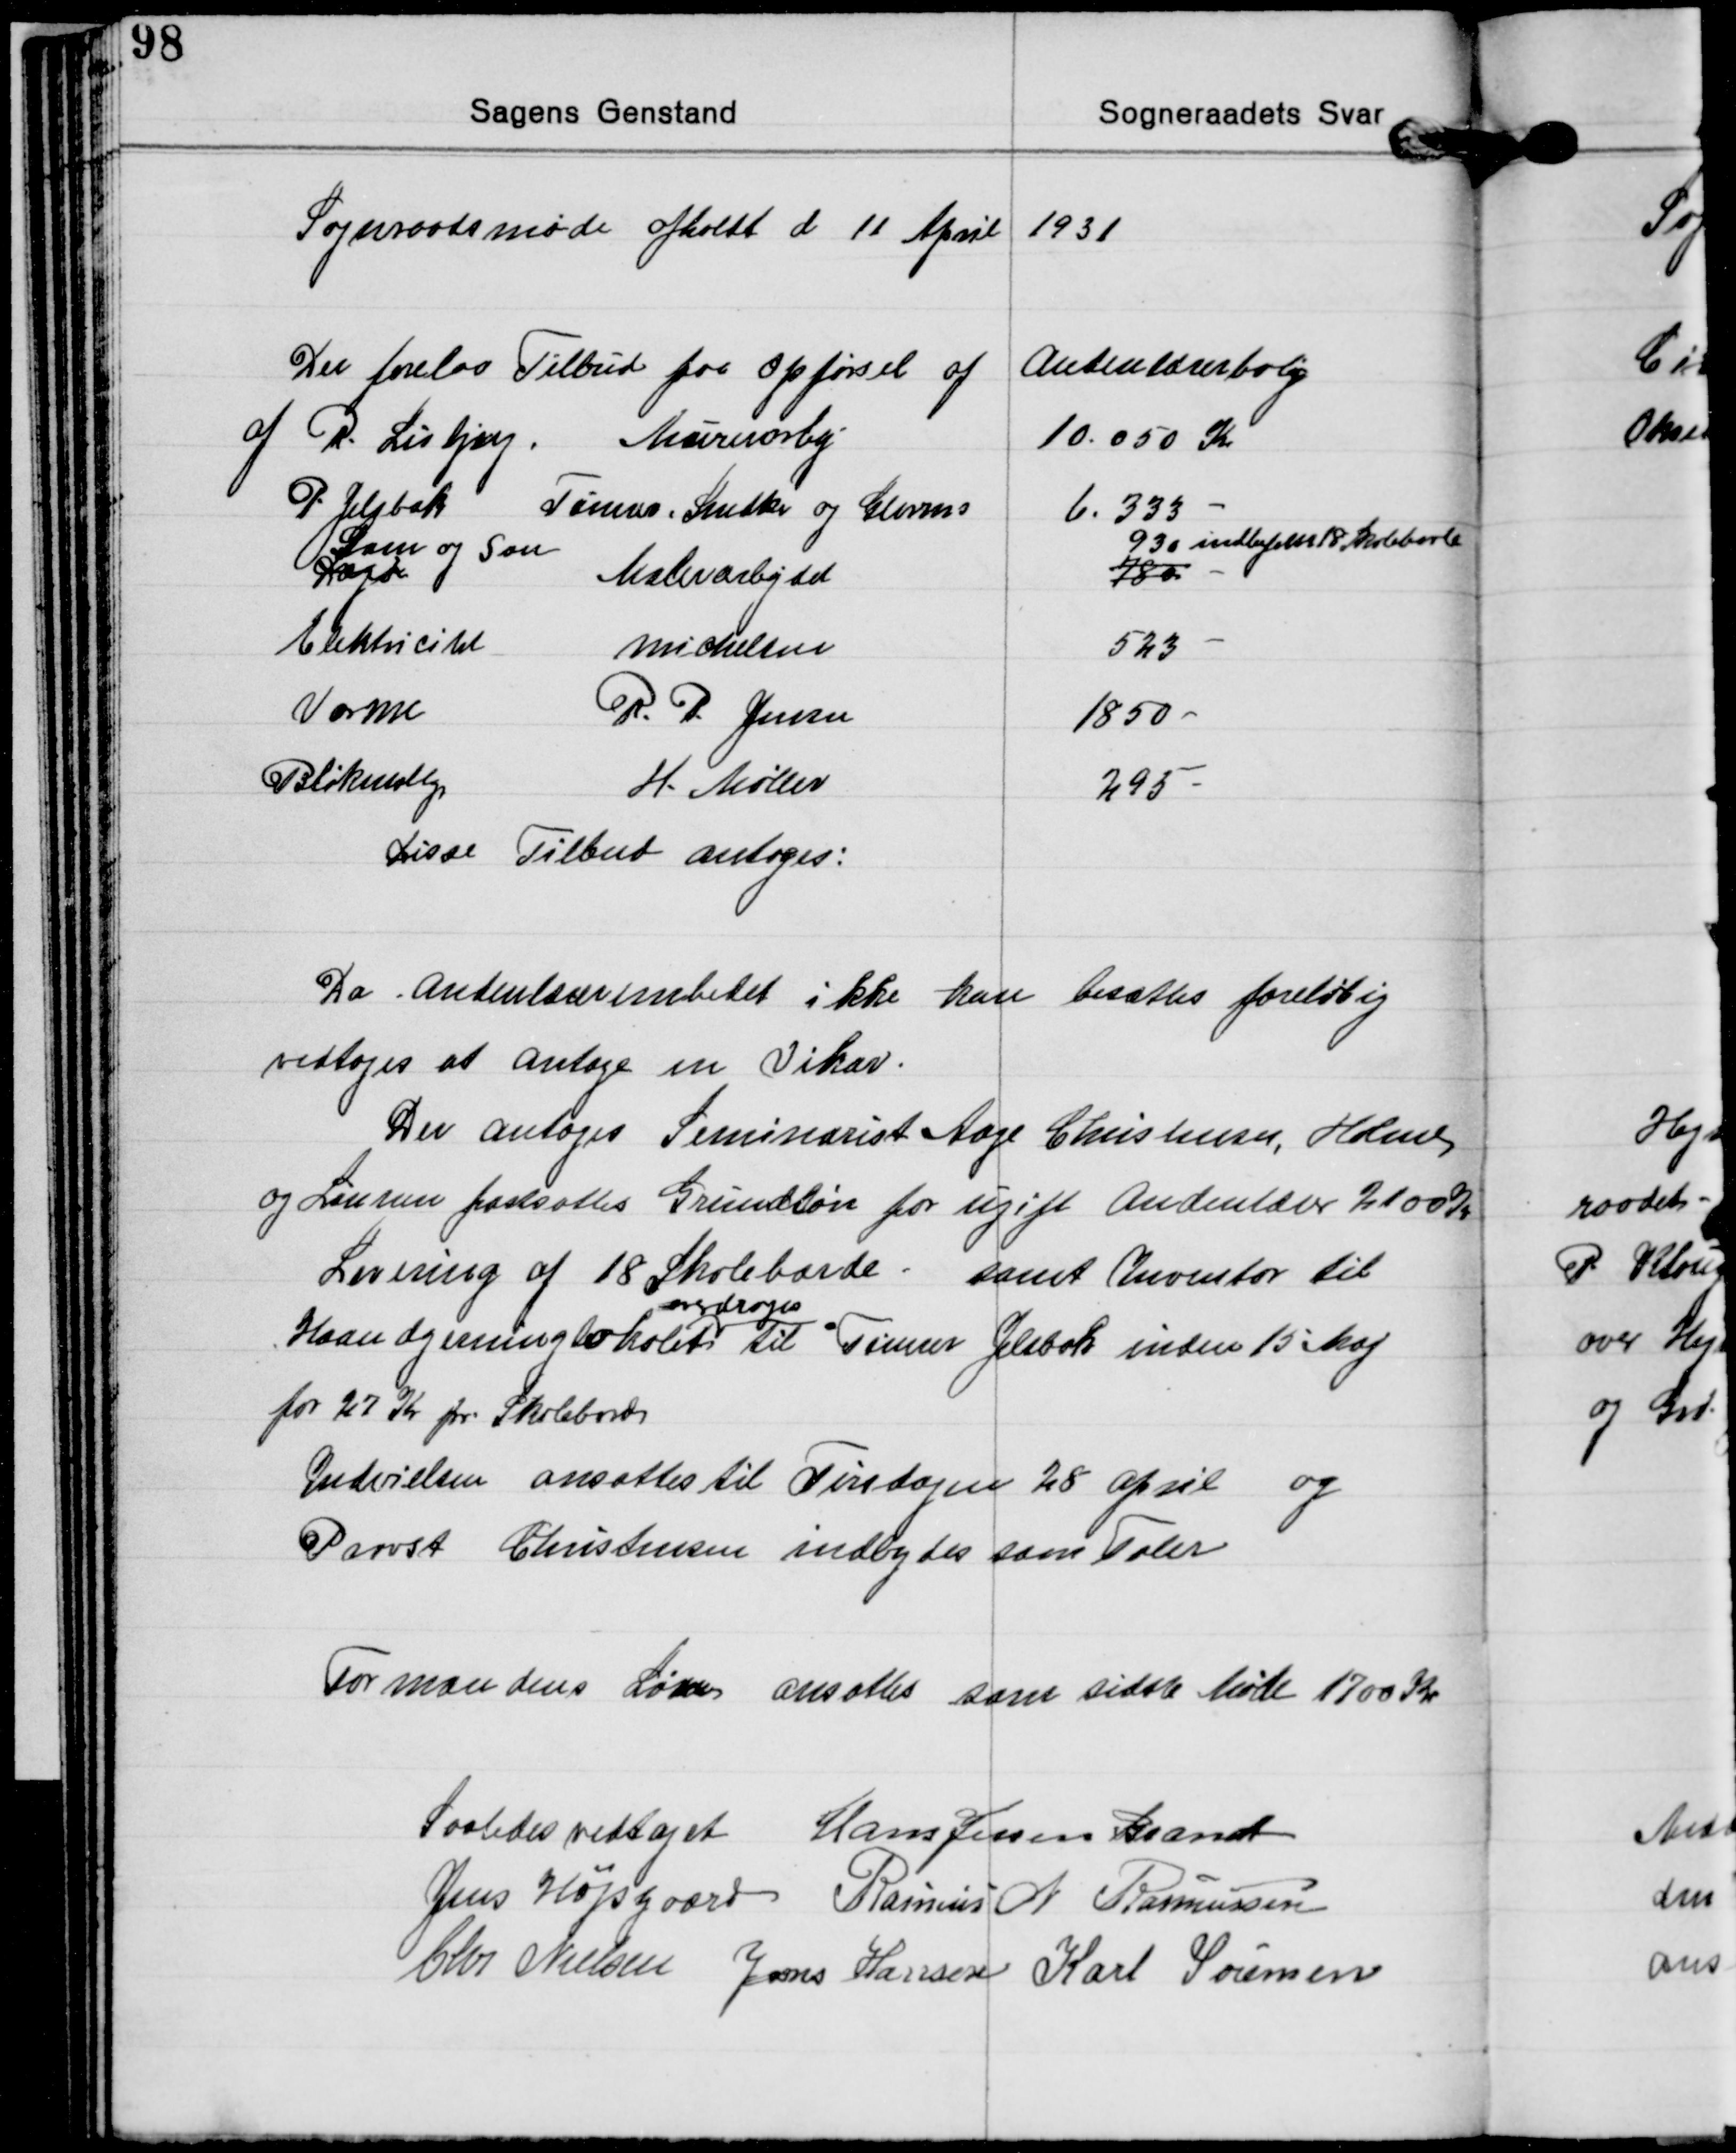
Transskription:
Sognraadsmøde afholdt d 11 April 1931

Der forelaa Tilbud paa Opførsel af Andenlærerbolig
af R. Lisbjerg. 
Murerarbej. 
10.050 Kr
P Jelsbak 
Tømrer, Snedker og Glarms. 
6.333 
Dagh 
Dam og Søn
Malerarbejdet
780 
930 indbefattet 18 Skoleborde
Elektricitet 
Michelsen
523 
Varme 
R. P. Jensen 
1850 
Blikensllgr
H. Møller 
295 
Disse Tilbud antoges:

Da Andenlærerembedet ikke kan besættes foreløbig
vedtoges at antage en Vikar.
Der antoges Seminarist Aage Christensen, Holme
og Lønnen fastsattes Grundløn for ugift Andenlærer 2100 Kr.
Levering af 18 Skoleborde samt Inventar til
Haandgerningslokalet 
overdroges
til Tømrer Jelsbak inden 15 Maj
for 27 Kr pr. Skolebord
Indvielsen ansattes til Tirsdagen 28 April og
Provst Christensen indbydes som Taler

Formandens Løn ansattes som sidste Møde 1700 Kr.

Saaledes vedtaget Hans Jessen Brandt
Jens Højsgaard Rasmus N. Rasmussen
Chr. Nielsen Jens Hansen Karl Sørensen